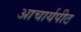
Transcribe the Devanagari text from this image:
अाचार्यपीठ